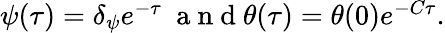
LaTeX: \begin{array}{r}{\psi(\tau)=\delta_{\psi}e^{-\tau}\mathrm{~\normalsize~a~n~d~}\theta(\tau)=\theta(0)e^{-C\tau}.}\end{array}